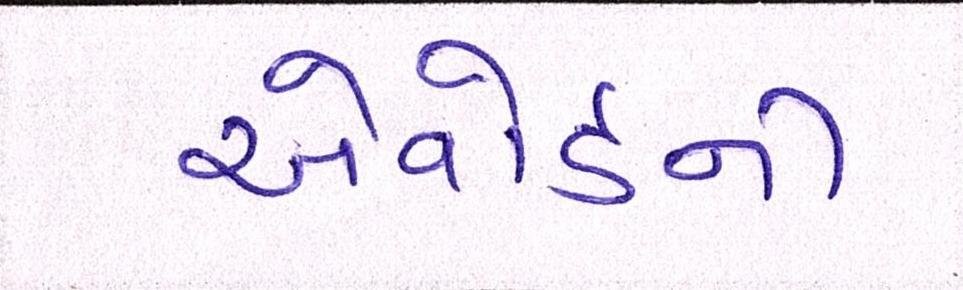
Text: એવોર્ડની